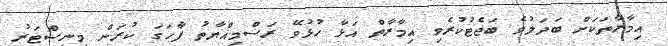
އިމާރާތަކަށް ބަދަލުވެ ބަޖެޓުކުރެވި އިމާރާތް އަޅާ ހުޅުވޭ ރަސްމިއްޔާތު ފާހަގަ ކުރަން މިނިސްޓަރު